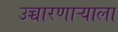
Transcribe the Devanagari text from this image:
उच्चारणाऱ्याला